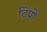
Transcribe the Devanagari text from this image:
टिपी